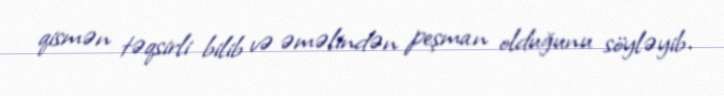
qismən təqsirli bilib və əməlindən peşman olduğunu söyləyib.